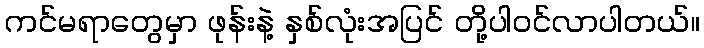
ကင်မရာတွေမှာ ဖုန်းနဲ့ နှစ်လုံးအပြင် တို့ပါဝင်လာပါတယ်။